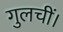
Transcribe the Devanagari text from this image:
गुलचीं।